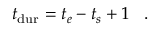
\ensuremath { t _ { \mathrm { d u r } } } = t _ { e } - t _ { s } + 1 \; \; \; .